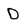
Character: D